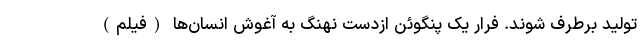
تولید برطرف شوند. فرار یک پنگوئن ازدست نهنگ به آغوش انسان‌ها (فیلم)